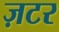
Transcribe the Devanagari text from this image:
ज़टर